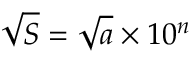
{ \sqrt { S } } = { \sqrt { a } } \times 1 0 ^ { n }